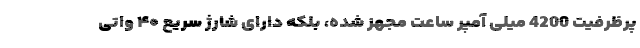
پرظرفیت 4200 میلی آمپر ساعت مجهز شده، بلکه دارای شارژ سریع ۴۰ واتی